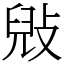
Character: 㪒